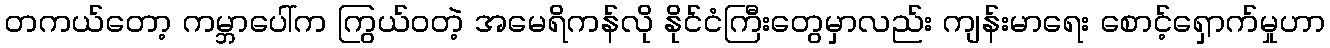
တကယ်တော့ ကမ္ဘာပေါ်က ကြွယ်ဝတဲ့ အမေရိကန်လို နိုင်ငံကြီးတွေမှာလည်း ကျန်းမာရေး စောင့်ရှောက်မှုဟာ